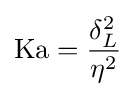
\mathrm {Ka} ={\frac {\delta _{L}^{2}}{\eta ^{2}}}